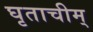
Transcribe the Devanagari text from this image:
घृताचीम्